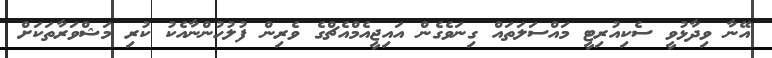
އޭނާ ވިދާޅުވީ ސެކިއުރިޓީ މައްސަލަތައް ގިނަވެގެން އައިޖީއެމްއެޗްގެ ވެރިން ފުލުހުންނާއެކު ކުރި މަޝްވަރާތަކަށް